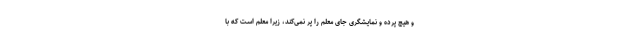
و هیچ پرده و نمایشگری جای معلم را پر نمی‌کند، زیرا معلم است که با